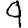
Digit: 9